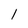
Character: 1